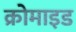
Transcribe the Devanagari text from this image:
क्रोमाइड